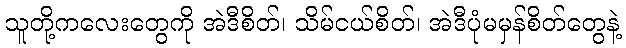
သူတို့ကလေးတွေကို အဲဒီစိတ်၊ သိမ်ငယ်စိတ်၊ အဲဒီပုံမမှန်စိတ်တွေနဲ့